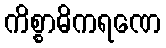
ကိစ္စာဓိကရဏေ